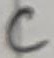
Text: C